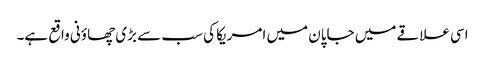
اسی علاقے میں جاپان میں امریکا کی سب سے بڑی چھاؤنی واقع ہے۔